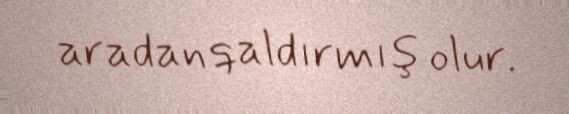
aradan qaldırmış olur.